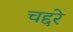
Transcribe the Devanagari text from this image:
चद्दरे